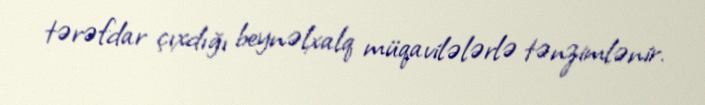
tərəfdar çıxdığı beynəlxalq müqavilələrlə tənzimlənir.